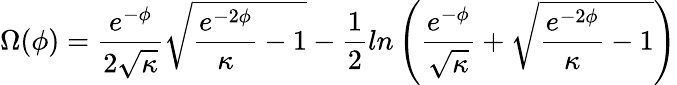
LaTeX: \Omega(\phi)=\frac{e^{-\phi}}{2\sqrt{\kappa}}\sqrt{\frac{e^{-2\phi}}{\kappa}-1}-\frac{1}{2}ln\left(\frac{e^{-\phi}}{\sqrt{\kappa}}+\sqrt{\frac{e^{-2\phi}}{\kappa}-1}\right)